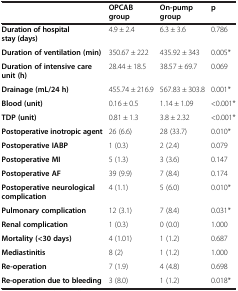
<table><thead><tr><td><b> </b></td><td><b>OPCAB group</b></td><td><b>On-pump group</b></td><td><b>p</b></td></tr></thead><tbody><tr><td><b>Duration of hospital stay (days)</b></td><td>4.9 ± 2.4</td><td>6.3 ± 3.6</td><td>0.786</td></tr><tr><td><b>Duration of ventilation (min)</b></td><td>350.67 ± 222</td><td>435.92 ± 343</td><td>0.005*</td></tr><tr><td><b>Duration of intensive care unit (h)</b></td><td>28.44 ± 18.5</td><td>38.57 ± 69.7</td><td>0.069</td></tr><tr><td><b>Drainage (mL/24 h)</b></td><td>455.74 ± 216.9</td><td>567.83 ± 303.8</td><td>0.001*</td></tr><tr><td><b>Blood (unit)</b></td><td>0.16 ± 0.5</td><td>1.14 ± 1.09</td><td>&lt;0.001*</td></tr><tr><td><b>TDP (unit)</b></td><td>0.81 ± 1.3</td><td>3.8 ± 2.32</td><td>&lt;0.001*</td></tr><tr><td><b>Postoperative inotropic agent</b></td><td>26 (6.6)</td><td>28 (33.7)</td><td>0.010*</td></tr><tr><td><b>Postoperative IABP</b></td><td>1 (0.3)</td><td>2 (2.4)</td><td>0.079</td></tr><tr><td><b>Postoperative MI</b></td><td>5 (1.3)</td><td>3 (3.6)</td><td>0.147</td></tr><tr><td><b>Postoperative AF</b></td><td>39 (9.9)</td><td>7 (8.4)</td><td>0.174</td></tr><tr><td><b>Postoperative neurological complication</b></td><td>4 (1.1)</td><td>5 (6.0)</td><td>0.010*</td></tr><tr><td><b>Pulmonary complication</b></td><td>12 (3.1)</td><td>7 (8.4)</td><td>0.031*</td></tr><tr><td><b>Renal complication</b></td><td>1 (0.3)</td><td>0 (0.0)</td><td>1.000</td></tr><tr><td><b>Mortality (&lt;30 days)</b></td><td>4 (1.01)</td><td>1 (1.2)</td><td>0.687</td></tr><tr><td><b>Mediastinitis</b></td><td>8 (2)</td><td>1 (1.2)</td><td>1.000</td></tr><tr><td><b>Re-operation</b></td><td>7 (1.9)</td><td>4 (4.8)</td><td>0.698</td></tr><tr><td><b>Re-operation due to bleeding</b></td><td>3 (8.0)</td><td>1 (1.2)</td><td>0.018*</td></tr></tbody></table>